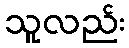
သူလည်း